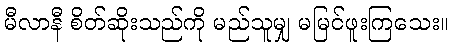
မီလာနီ စိတ်ဆိုးသည်ကို မည်သူမျှ မမြင်ဖူးကြသေး။